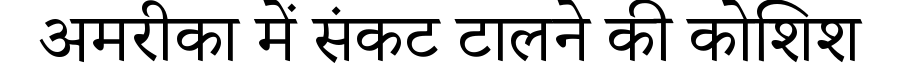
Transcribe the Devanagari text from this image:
अमरीका में संकट टालने की कोशिश